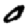
Digit: 0